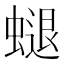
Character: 螁